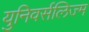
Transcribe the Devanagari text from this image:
युनिवर्सलिज्म